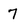
Character: 7